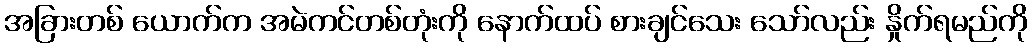
အခြားတစ် ယောက်က အမဲကင်တစ်တုံးကို နောက်ထပ် စားချင်သေး သော်လည်း နှိုက်ရမည်ကို